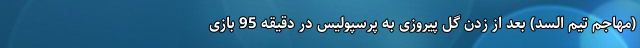
(مهاجم تیم السد) بعد از زدن گل پیروزی به پرسپولیس در دقیقه 95 بازی